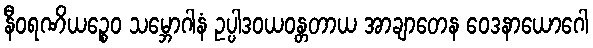
နီဝရဏိယဉ္စေဝ သမ္ဘောဂါနံ ဥပ္ပါဒဝယဝန္တတာယ အာချာတေန ဝေဒနာယောဂေါ